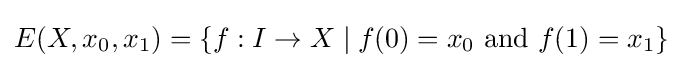
E(X,x_{0},x_{1})=\{f:I\to X\mid f(0)=x_{0}{\text{ and }}f(1)=x_{1}\}